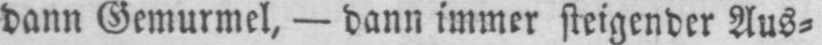
dann Gemurmel, - dann immer steigender Aus⸗